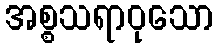
အစ္စသရာဝုသော